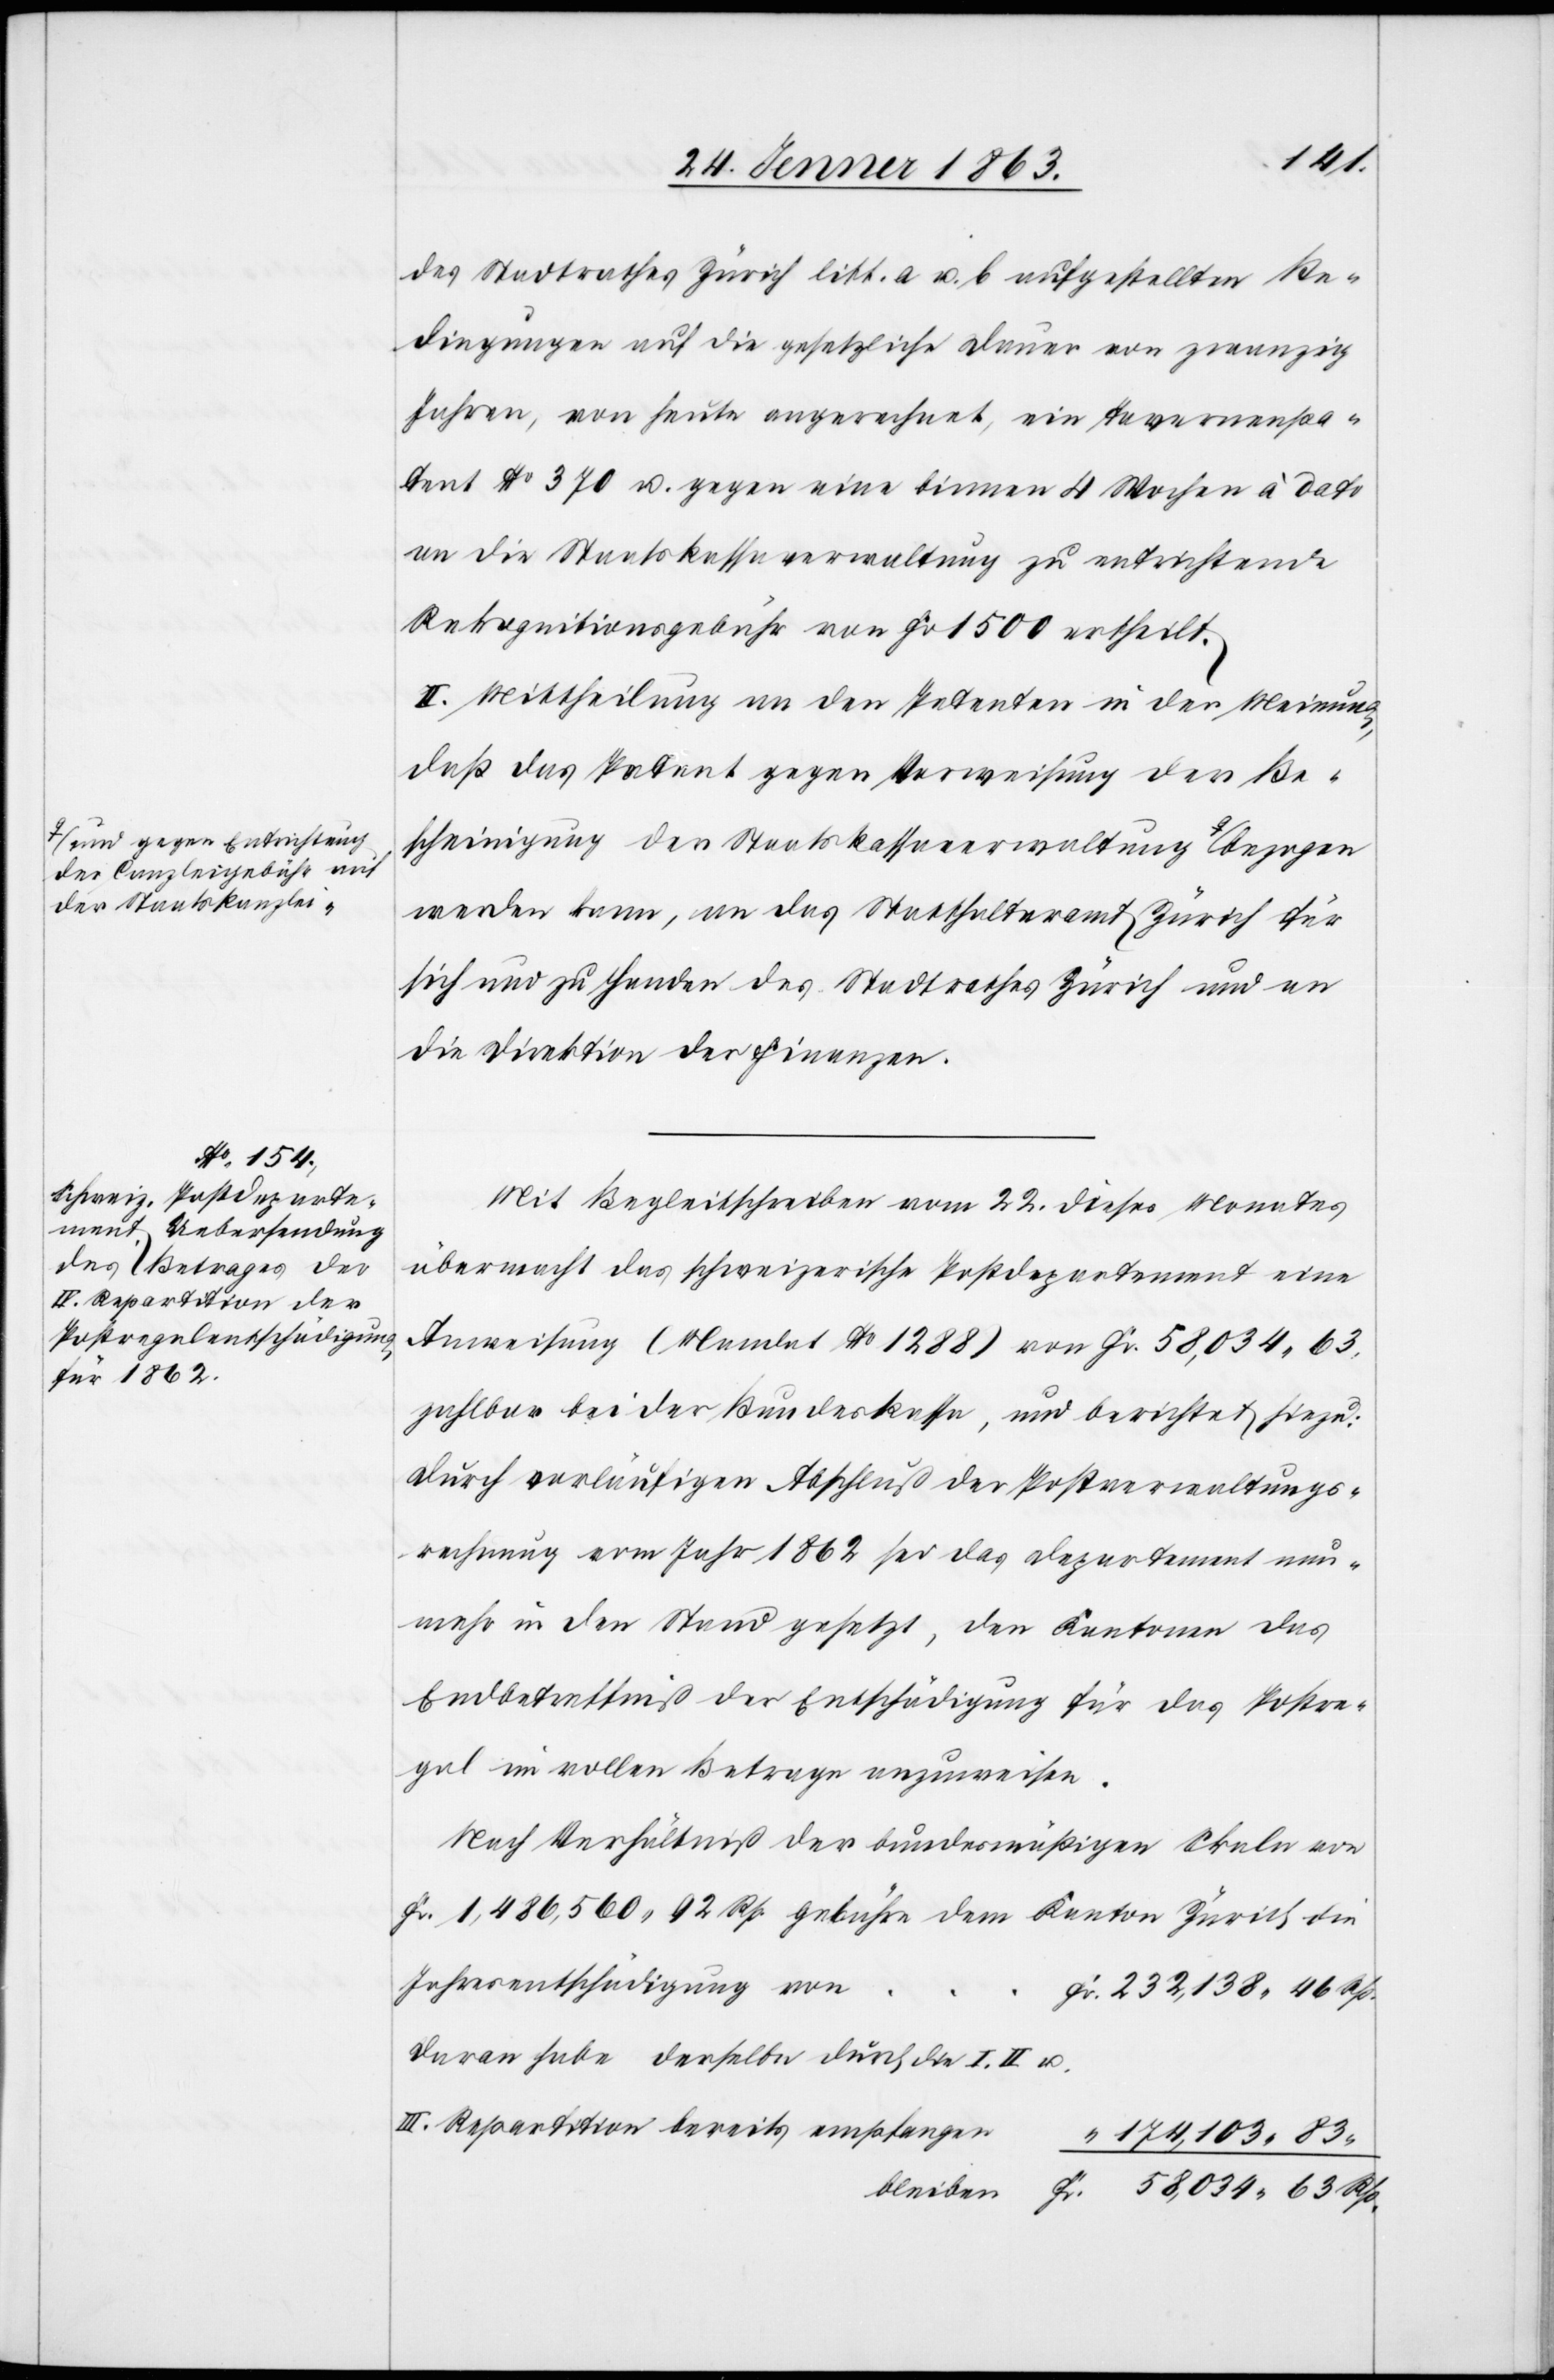
d gegen Entrichtung
der Canzleigebühr auf
der Staatskanzlei-a

des Stadtrathes Zürich litt. a u. b aufgestellten Be¬
dingungen auf die gesetzliche Dauer von zwanzig
Jahren, von heute angerechnet, ein Tavernenpa¬
tent No 370 u. gegen eine binnen 4 Wochen à dato
an die Staatskassaverwaltung zu entrichtende
Rekognitionsgebühr von Fr. 1500 ertheilt.
II. Mittheilung an den Petenten in der Meinung,
daß das Patent gegen Vorweisung der Be¬
scheinigung der Staatskassaverwaltung a-un¬
werden kann, an das Statthalteramt Zürich für
sich und zu Handen des Stadtrathes Zürich und an
die Direktion der Finanzen.
Mit Begleitschreiben vom 22. dieses Monates
übermacht das schweizerische Postdepartement eine
Anweisung (Mandat No 1288) von Fr. 58,034. 63
zahlbar bei der Bundeskasse, und berichtet hiezu:
Durch vorläufigen Abschluß der Postverwaltungs¬
rechnung vom Jahr 1862 sei das Departement nun¬
mehr in den Stand gesetzt, den Kantonen das
Endbetreffniß der Entschädigung für das Postre¬
gal im vollen Betrage anzuweisen.
Nach Verhältniß der bundesmäßigen Skala von
Fr. 1,486,560. 92 Rp. gebühre dem Kanton Zürich die
Jahresentschädigung von
Fr. 232,138. 46 Rp.
Daran habe derselbe durch die I.[,] II u.
III. Repartition bereits empfangen
“ 174,103. 83
bleiben	Fr. 58,034. 63 Rp.